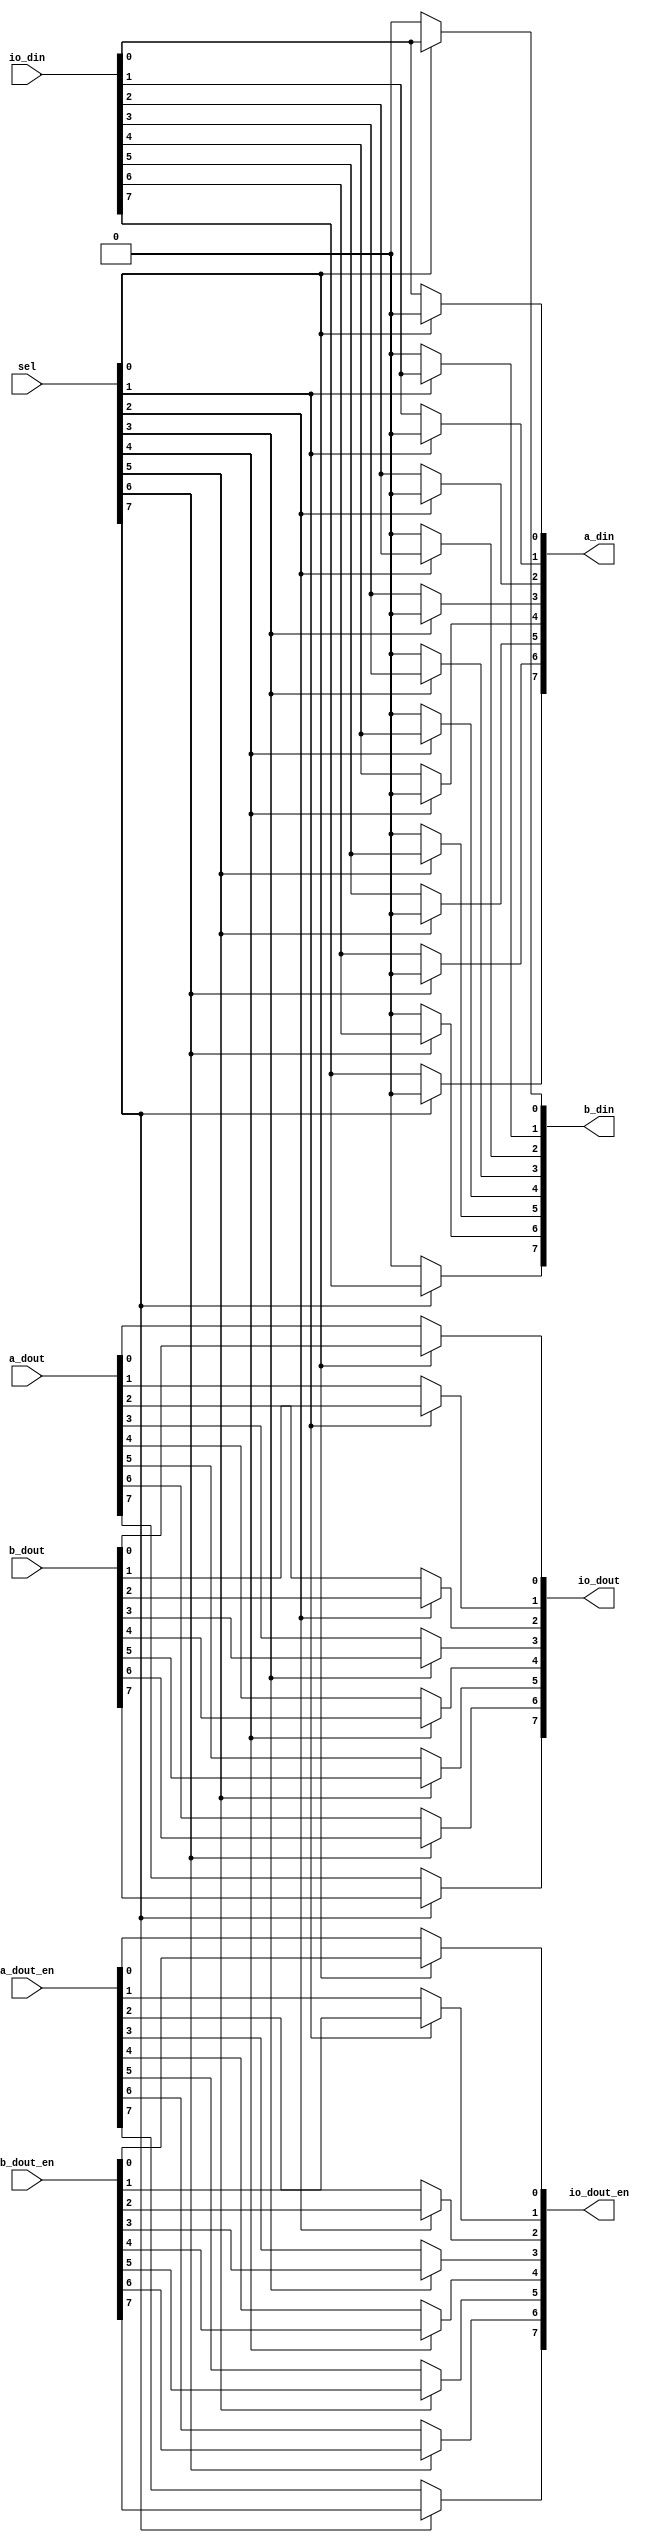
// This program was cloned from: https://github.com/olgirard/openmsp430
// License: BSD 3-Clause "New" or "Revised" License

//----------------------------------------------------------------------------
// Copyright (C) 2001 Authors
//
// This source file may be used and distributed without restriction provided
// that this copyright statement is not removed from the file and that any
// derivative work contains the original copyright notice and the associated
// disclaimer.
//
// This source file is free software; you can redistribute it and/or modify
// it under the terms of the GNU Lesser General Public License as published
// by the Free Software Foundation; either version 2.1 of the License, or
// (at your option) any later version.
//
// This source is distributed in the hope that it will be useful, but WITHOUT
// ANY WARRANTY; without even the implied warranty of MERCHANTABILITY or
// FITNESS FOR A PARTICULAR PURPOSE. See the GNU Lesser General Public
// License for more details.
//
// You should have received a copy of the GNU Lesser General Public License
// along with this source; if not, write to the Free Software Foundation,
// Inc., 51 Franklin Street, Fifth Floor, Boston, MA  02110-1301  USA
//
//----------------------------------------------------------------------------
//
// *File Name: io_mux.v
// 
// *Module Description:
//                      I/O mux for port function selection.
//
// *Author(s):
//              - Olivier Girard,    olgirard@gmail.com
//
//----------------------------------------------------------------------------
// $Rev$
// $LastChangedBy$
// $LastChangedDate$
//----------------------------------------------------------------------------

module  io_mux (

// Function A (typically GPIO)
    a_din,
    a_dout,
    a_dout_en,

// Function B (Timer A, ...)
    b_din,
    b_dout,
    b_dout_en,

// IO Cell
    io_din,
    io_dout,
    io_dout_en,

// Function selection (0=A, 1=B)
    sel
);

// PARAMETERs
//============
parameter          WIDTH = 8;
   
// Function A (typically GPIO)
//===============================
output [WIDTH-1:0] a_din;
input  [WIDTH-1:0] a_dout;
input  [WIDTH-1:0] a_dout_en;

// Function B (Timer A, ...)
//===============================
output [WIDTH-1:0] b_din;
input  [WIDTH-1:0] b_dout;
input  [WIDTH-1:0] b_dout_en;

// IO Cell
//===============================
input  [WIDTH-1:0] io_din;
output [WIDTH-1:0] io_dout;
output [WIDTH-1:0] io_dout_en;

// Function selection (0=A, 1=B)
//===============================
input  [WIDTH-1:0] sel;


//=============================================================================
// 1)  I/O FUNCTION SELECTION MUX
//=============================================================================

function [WIDTH-1:0] mux (
   input [WIDTH-1:0] A,
   input [WIDTH-1:0] B,
   input [WIDTH-1:0] SEL
);
   integer i;   
   begin
      mux = {WIDTH{1'b0}};
      for (i = 0; i < WIDTH; i = i + 1)
	mux[i] = sel[i] ? B[i] : A[i];
   end
endfunction


assign a_din      = mux(       io_din, {WIDTH{1'b0}}, sel);
assign b_din      = mux({WIDTH{1'b0}},        io_din, sel);
assign io_dout    = mux(       a_dout,        b_dout, sel);
assign io_dout_en = mux(    a_dout_en,     b_dout_en, sel);

	   
endmodule // io_mux